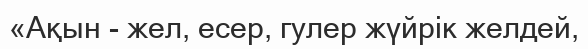
«Ақын - жел, есер, гулер жүйрік желдей,